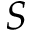
S